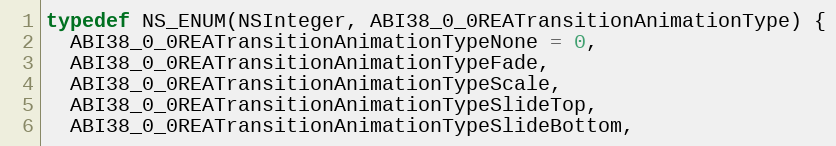
Language: C
typedef NS_ENUM(NSInteger, ABI38_0_0REATransitionAnimationType) {
  ABI38_0_0REATransitionAnimationTypeNone = 0,
  ABI38_0_0REATransitionAnimationTypeFade,
  ABI38_0_0REATransitionAnimationTypeScale,
  ABI38_0_0REATransitionAnimationTypeSlideTop,
  ABI38_0_0REATransitionAnimationTypeSlideBottom,